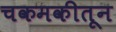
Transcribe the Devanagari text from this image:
चकमकीतून